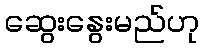
ဆွေးနွေးမည်ဟု